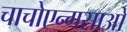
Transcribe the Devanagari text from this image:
चाचोएन्गसाओ